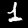
Label: 1